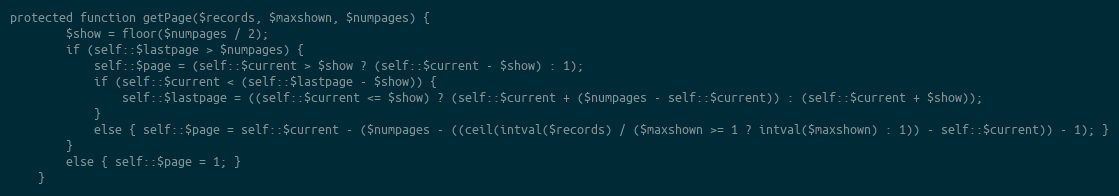
Language: PHP
protected function getPage($records, $maxshown, $numpages) {
        $show = floor($numpages / 2);
        if (self::$lastpage > $numpages) {
            self::$page = (self::$current > $show ? (self::$current - $show) : 1);
            if (self::$current < (self::$lastpage - $show)) {
                self::$lastpage = ((self::$current <= $show) ? (self::$current + ($numpages - self::$current)) : (self::$current + $show));
            }
            else { self::$page = self::$current - ($numpages - ((ceil(intval($records) / ($maxshown >= 1 ? intval($maxshown) : 1)) - self::$current)) - 1); }
        }
        else { self::$page = 1; }
    }